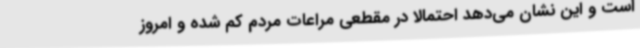
است و این نشان می‌دهد احتمالاً در مقطعی مراعات مردم کم شده و امروز